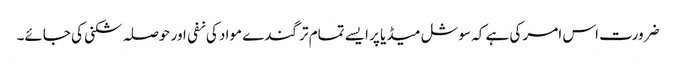
ضرورت اس امر کی ہے کہ سوشل میڈیا پر ایسے تمام تر گندے مواد کی نفی اور حوصلہ شکنی کی جائے۔